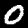
Digit: 0